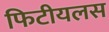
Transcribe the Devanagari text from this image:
फिटीयलस